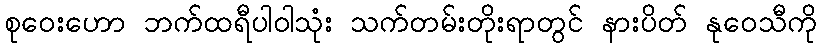
စုဝေးဟော ဘက်ထရီပါဝါသုံး သက်တမ်းတိုးရာတွင် နားပိတ် နုဝေသီကို